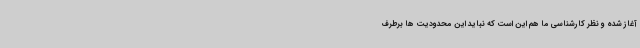
آغاز شده و نظر کارشناسی ما هم این است که نباید این محدودیت ها برطرف